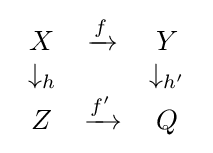
{\begin{array}{ccc}X&{\xrightarrow {f}}&Y\\\downarrow _{h}&&\downarrow _{h'}\\Z&{\xrightarrow {f'}}&Q\end{array}}